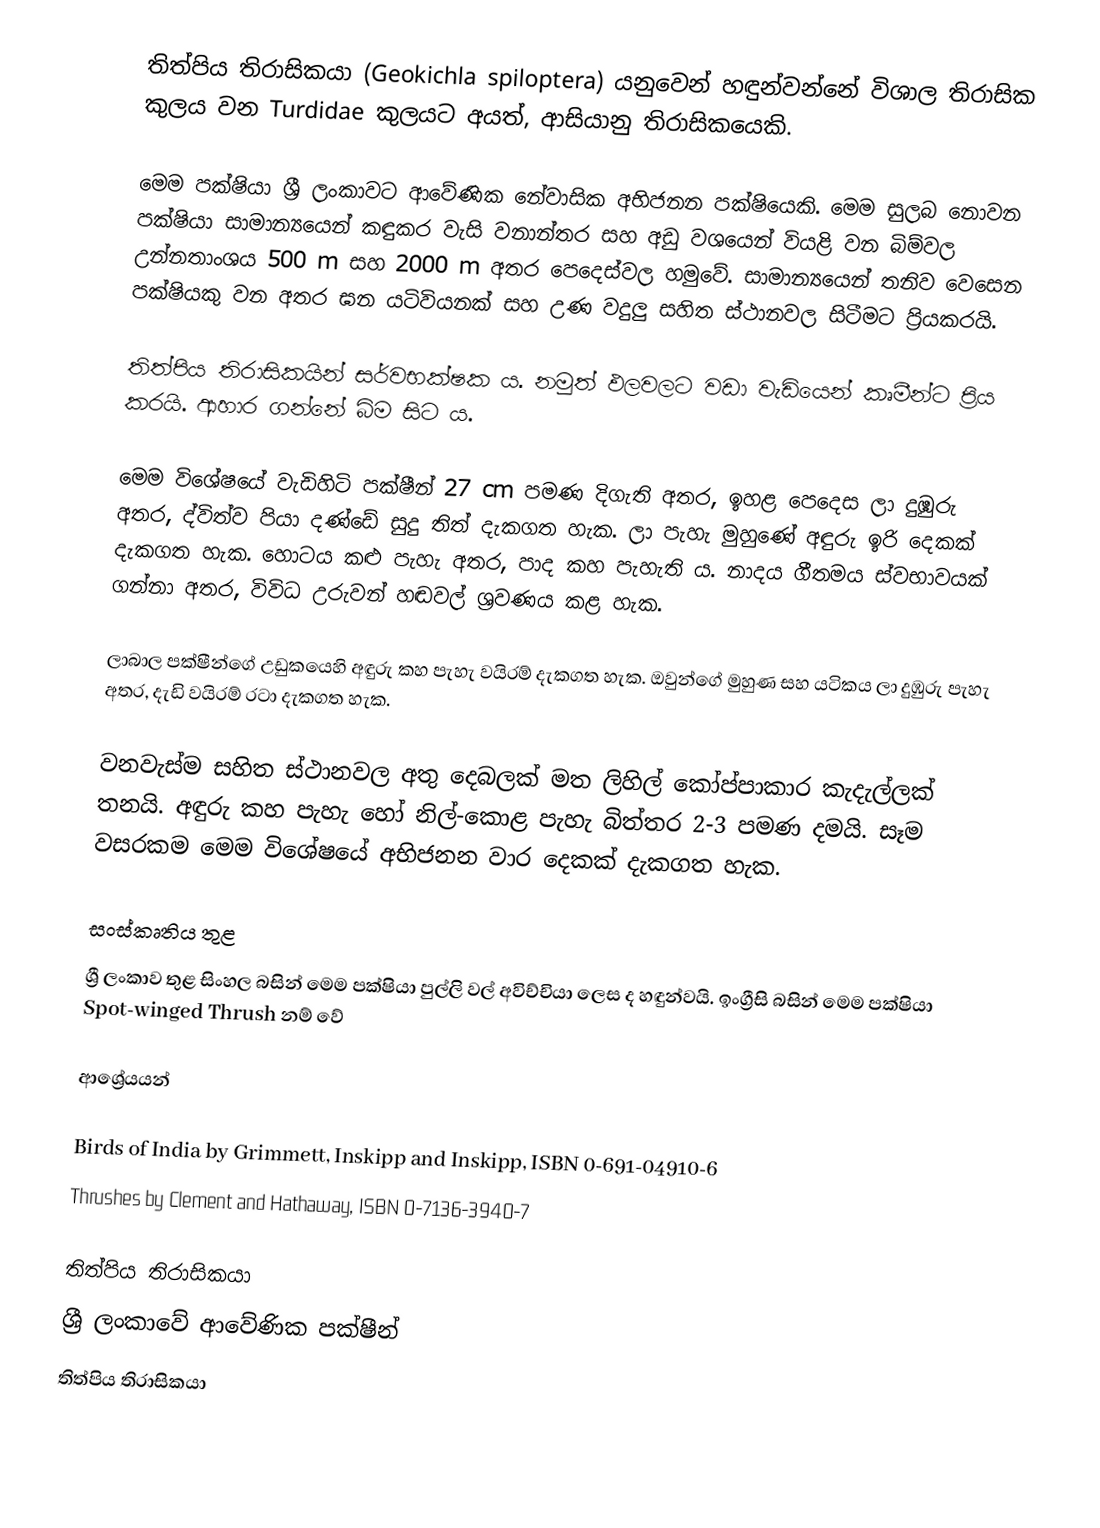
තිත්පිය තිරාසිකයා (Geokichla spiloptera) යනුවෙන් හඳුන්වන්නේ විශාල තිරාසික කුලය වන Turdidae කුලයට අයත්, ආසියානු තිරාසිකයෙකි.

මෙම පක්ෂියා ශ්‍රී ලංකාවට ආවේණික නේවාසික අභිජනන පක්ෂියෙකි. මෙම සුලබ නොවන පක්ෂියා සාමාන්‍යයෙන් කඳුකර වැසි වනාන්තර සහ අඩු වශයෙන් වියළි වන බිම්වල උන්නතාංශය 500 m සහ 2000 m අතර පෙදෙස්වල හමුවේ. සාමාන්‍යයෙන් තනිව වෙසෙන පක්ෂියකු වන අතර ඝන යටිවියනක් සහ උණ වදුලු සහිත ස්ථානවල සිටීමට ප්‍රියකරයි.

තිත්පිය තිරාසිකයින් සර්වභක්ෂක ය. නමුත් ඵලවලට වඩා වැඩියෙන් කෘමීන්ට ප්‍රිය කරයි. ආහාර ගන්නේ බිම සිට ය.

මෙම විශේෂයේ වැඩිහිටි පක්ෂීන් 27 cm පමණ දිගැති අතර, ඉහළ පෙදෙස ලා දුඹුරු අතර, ද්විත්ව පියා දණ්ඩේ සුදු තිත් දැකගත හැක. ලා පැහැ මුහුණේ අඳුරු ඉරි දෙකක් දැකගත හැක. හොටය කළු පැහැ අතර, පාද කහ පැහැති ය. නාදය ගීතමය ස්වභාවයක් ගන්නා අතර, විවිධ උරුවන් හඬවල් ශ්‍රවණය කළ හැක.

ලාබාල පක්ෂීන්ගේ උඩුකයෙහි අඳුරු කහ පැහැ වයිරම් දැකගත හැක. ඔවුන්ගේ මුහුණ සහ යටිකය ලා දුඹුරු පැහැ අතර, දැඩි වයිරම් රටා දැකගත හැක.

වනවැස්ම සහිත ස්ථානවල අතු දෙබලක් මත ලිහිල් කෝප්පාකාර කැදැල්ලක් තනයි. අඳුරු කහ පැහැ හෝ නිල්-කොළ පැහැ බිත්තර 2-3 පමණ දමයි. සෑම වසරකම මෙම විශේෂයේ අභිජනන වාර දෙකක් දැකගත හැක.

සංස්කෘතිය තුළ
ශ්‍රී ලංකාව තුළ සිංහල බසින් මෙම පක්ෂියා පුල්ලි වල් අවිච්චියා ලෙස ද හඳුන්වයි. ඉංග්‍රීසි බසින් මෙම පක්ෂියා Spot-winged Thrush නම් වේ

ආශ්‍රේයයන්

 Birds of India by Grimmett, Inskipp and Inskipp, ISBN 0-691-04910-6
 Thrushes by Clement and Hathaway, ISBN 0-7136-3940-7

තිත්පිය තිරාසිකයා
ශ්‍රී ලංකාවේ ආවේණික පක්ෂීන්
තිත්පිය තිරාසිකයා